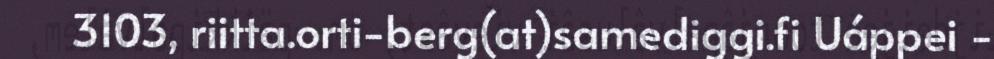
3103, riitta.orti-berg(at)samediggi.fi Uáppei -